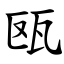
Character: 瓯